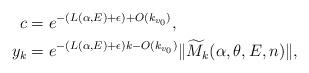
LaTeX: \begin{align*} c&=e^{-(L(\alpha,E)+\epsilon)+O(k_{v_0})}, \\ y_k&= e^{-(L(\alpha,E)+\epsilon)k-O(k_{v_0})}\lVert \widetilde{M}_{k}(\alpha,\theta,E,n)\rVert,\end{align*}